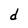
Character: d